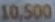
10.500